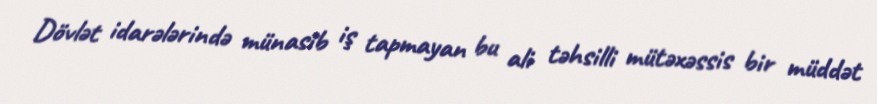
Dövlət idarələrində münasib iş tapmayan bu ali təhsilli mütəxəssis bir müddət